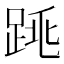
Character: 𨁓